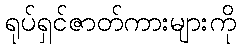
ရုပ်ရှင်ဇာတ်ကားများကို